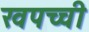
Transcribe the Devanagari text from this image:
खपच्ची